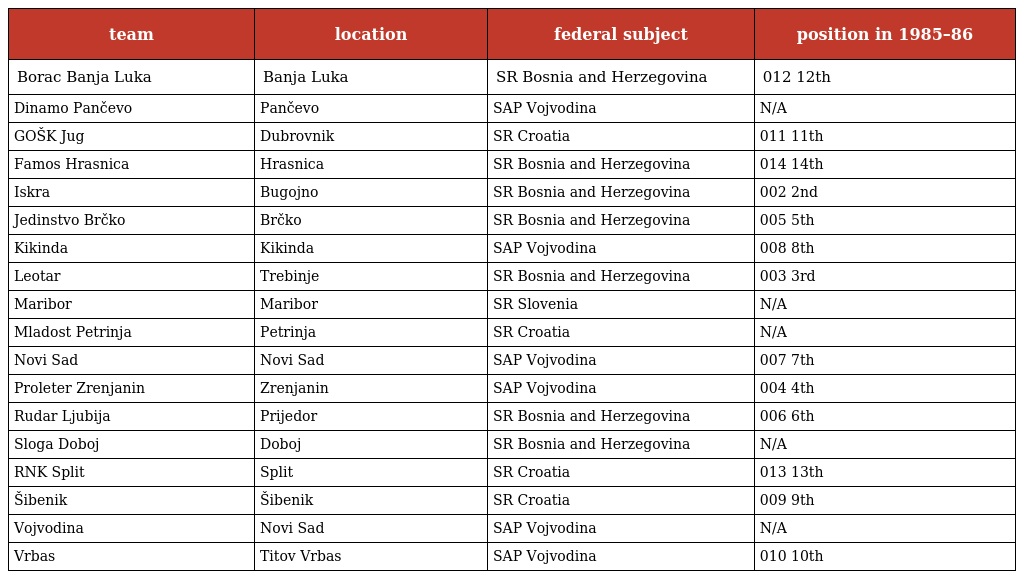
| team | location | federal subject | position in 1985–86 |
 | --- | --- | --- | --- |
 | Borac Banja Luka | Banja Luka | SR Bosnia and Herzegovina | 012 12th |
 | Dinamo Pančevo | Pančevo | SAP Vojvodina | N/A |
 | GOŠK Jug | Dubrovnik | SR Croatia | 011 11th |
 | Famos Hrasnica | Hrasnica | SR Bosnia and Herzegovina | 014 14th |
 | Iskra | Bugojno | SR Bosnia and Herzegovina | 002 2nd |
 | Jedinstvo Brčko | Brčko | SR Bosnia and Herzegovina | 005 5th |
 | Kikinda | Kikinda | SAP Vojvodina | 008 8th |
 | Leotar | Trebinje | SR Bosnia and Herzegovina | 003 3rd |
 | Maribor | Maribor | SR Slovenia | N/A |
 | Mladost Petrinja | Petrinja | SR Croatia | N/A |
 | Novi Sad | Novi Sad | SAP Vojvodina | 007 7th |
 | Proleter Zrenjanin | Zrenjanin | SAP Vojvodina | 004 4th |
 | Rudar Ljubija | Prijedor | SR Bosnia and Herzegovina | 006 6th |
 | Sloga Doboj | Doboj | SR Bosnia and Herzegovina | N/A |
 | RNK Split | Split | SR Croatia | 013 13th |
 | Šibenik | Šibenik | SR Croatia | 009 9th |
 | Vojvodina | Novi Sad | SAP Vojvodina | N/A |
 | Vrbas | Titov Vrbas | SAP Vojvodina | 010 10th |